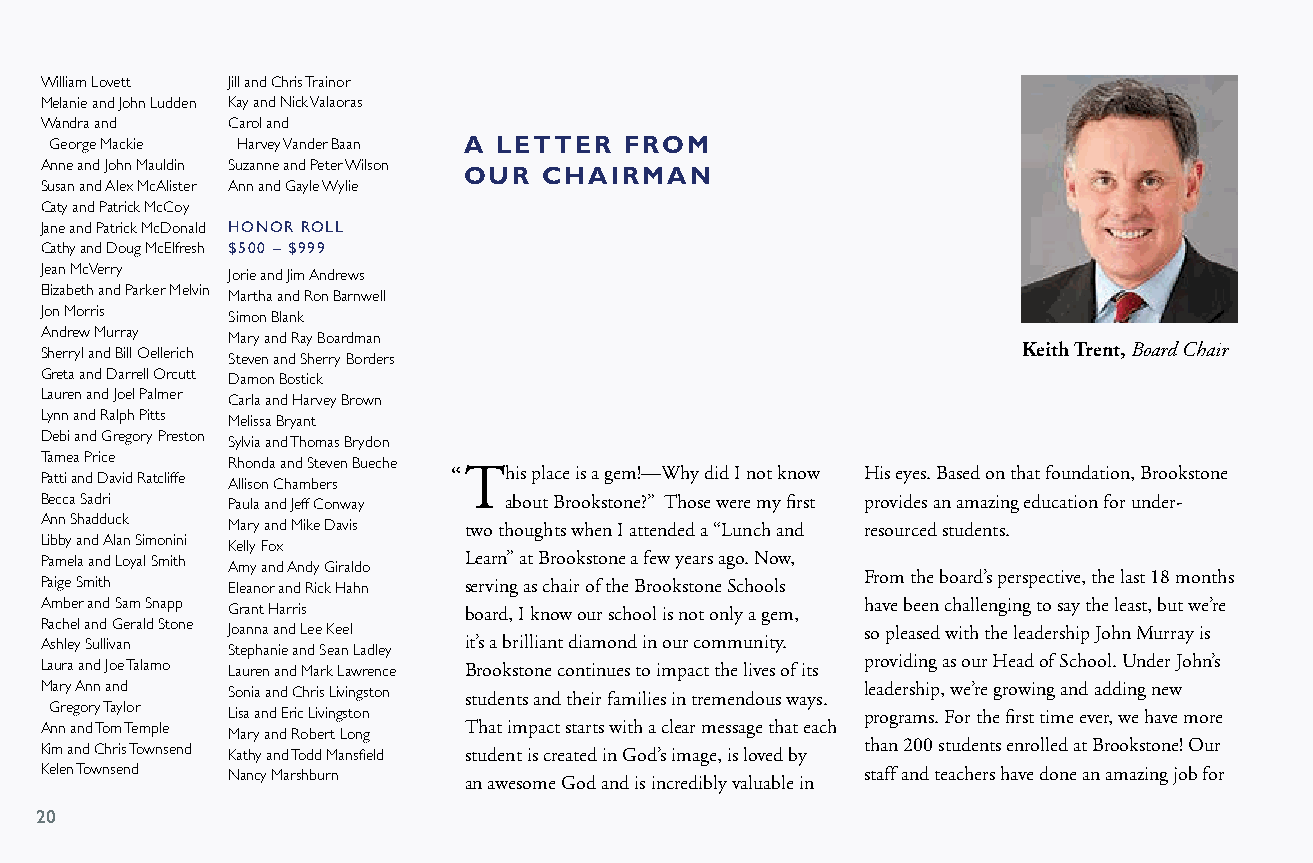
William Lovett Jill and Chris Trainor
 Melanie and John Ludden Kay and Nick Valaoras
 Wandra and  Carol and
 George Mackie Harvey Vander Baan A LETTER FROM
 Anne and John Mauldin Suzanne and Peter Wilson
 OUR  CHAIRMAN
 Susan and Alex McAlister Ann and Gayle Wylie
 Caty and Patrick McCoy
 Jane and Patrick McDonald HONOR ROLL
 Cathy and Doug McElfresh $500 – $999
 Jean McVerry Jorie and Jim Andrews
 Elizabeth and Parker Melvin Martha and Ron Barnwell
 Jon Morris  Simon Blank
 Andrew Murray Mary and Ray Boardman
 Sherryl and Bill Oellerich Steven and Sherry Borders             Keith Trent, Board Chair
 Greta and Darrell Orcutt Damon Bostick
 Lauren and Joel Palmer Carla and Harvey Brown
 Lynn and Ralph Pitts Melissa Bryant
 Debi and Gregory Preston Sylvia and Thomas Brydon
 T Pa am ttie aa n P dr Dice avid Ratcliffe R Ah llio sond na C a hn ad m S bt ee rv sen Bueche “This place is a gem!—Why did I not know His eyes. Based on that foundation, Brookstone
 Becca Sadri Paula and Jeff Conway about Brookstone?” Those were my first provides an amazing education for under-
 Ann Shadduck Mary and Mike Davis two thoughts when I attended a “Lunch and resourced students.
 Libby and Alan Simonini Kelly Fox
 Pamela and Loyal Smith Amy and Andy Giraldo Learn” at Brookstone a few years ago. Now,
 From the board’s perspective, the last 18 months
 Paige Smith Eleanor and Rick Hahn serving as chair of the Brookstone Schools
 Amber and Sam Snapp Grant Harris board, I know our school is not only a gem, have been challenging to say the least, but we’re
 Rachel and Gerald Stone Joanna and Lee Keel           so pleased with the leadership John Murray is
 Ashley Sullivan Stephanie and Sean Ladley it’s a brilliant diamond in our community.
 Laura and Joe Talamo Lauren and Mark Lawrence Brookstone continues to impact the lives of its providing as our Head of School. Under John’s
 Mary Ann and Sonia and Chris Livingston students and their families in tremendous ways. leadership, we’re growing and adding new
 Gregory Taylor Lisa and Eric Livingston               programs. For the first time ever, we have more
 Ann and Tom Temple Mary and Robert Long That impact starts with a clear message that each
 Kim and Chris Townsend Kathy and Todd Mansfield student is created in God’s image, is loved by than 200 students enrolled at Brookstone! Our
 Kelen Townsend Nancy Marshburn an awesome God and is incredibly valuable in staff and teachers have done an amazing job for
 2200